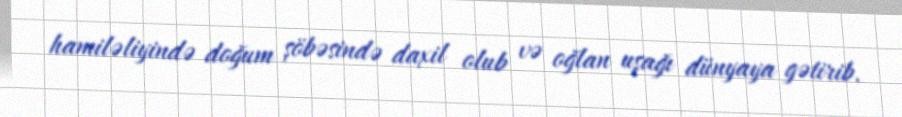
hamiləliyində doğum şöbəsində daxil olub və oğlan uşağı dünyaya gətirib.